Vaccination Hyderabad 1872-1889 - 1872-1889
Year: 1872
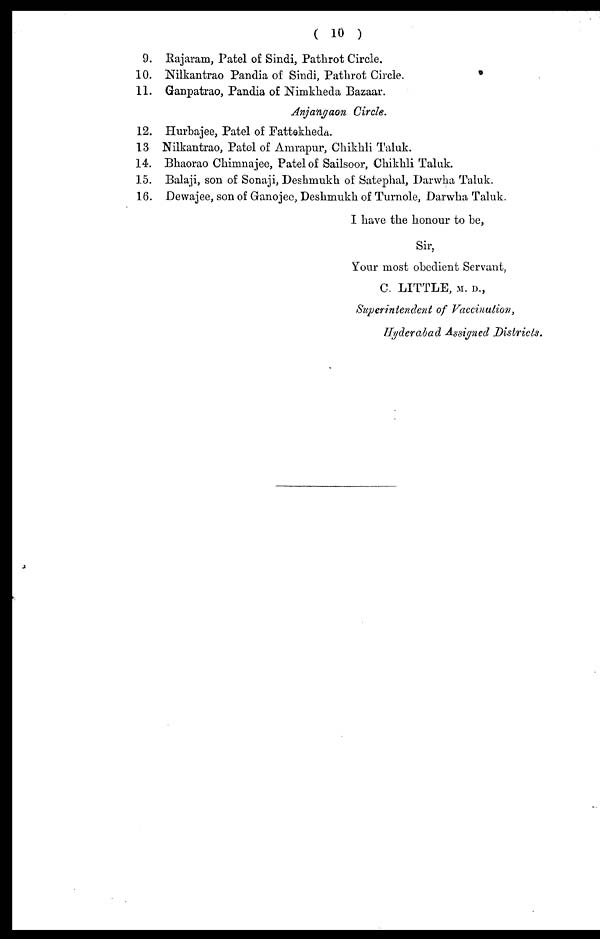
( 10 )
9.
10.
11.
Rajaram, Patel of Sindi, Pathrot Circle.
Nilkantrao Pandia of Sindi, Pathrot Circle.
Ganpatrao, Pandia of Nimkheda Bazaar.
Anjangaon Circle.
12.
13
14.
15.
16.
Hurbajee, Patel of Fattekheda.
Nilkantrao, Patel of Amrapur, Chikhli Taluk.
Bhaorao Chimnajee, Patel of Sailsoor, Chikhli Taluk.
Balaji, son of Sonaji, Deshmukh of Satephal, Darwha Taluk.
Dewajee, son of Granojee, Deshmukh of Turnole, Darwha Taluk.
I have the honour to be,
Sir,
Your most obedient Servant,
C. LITTLE, M. D.,
Superintendent of Vaccination,
Hyderabad Assigned Districts.